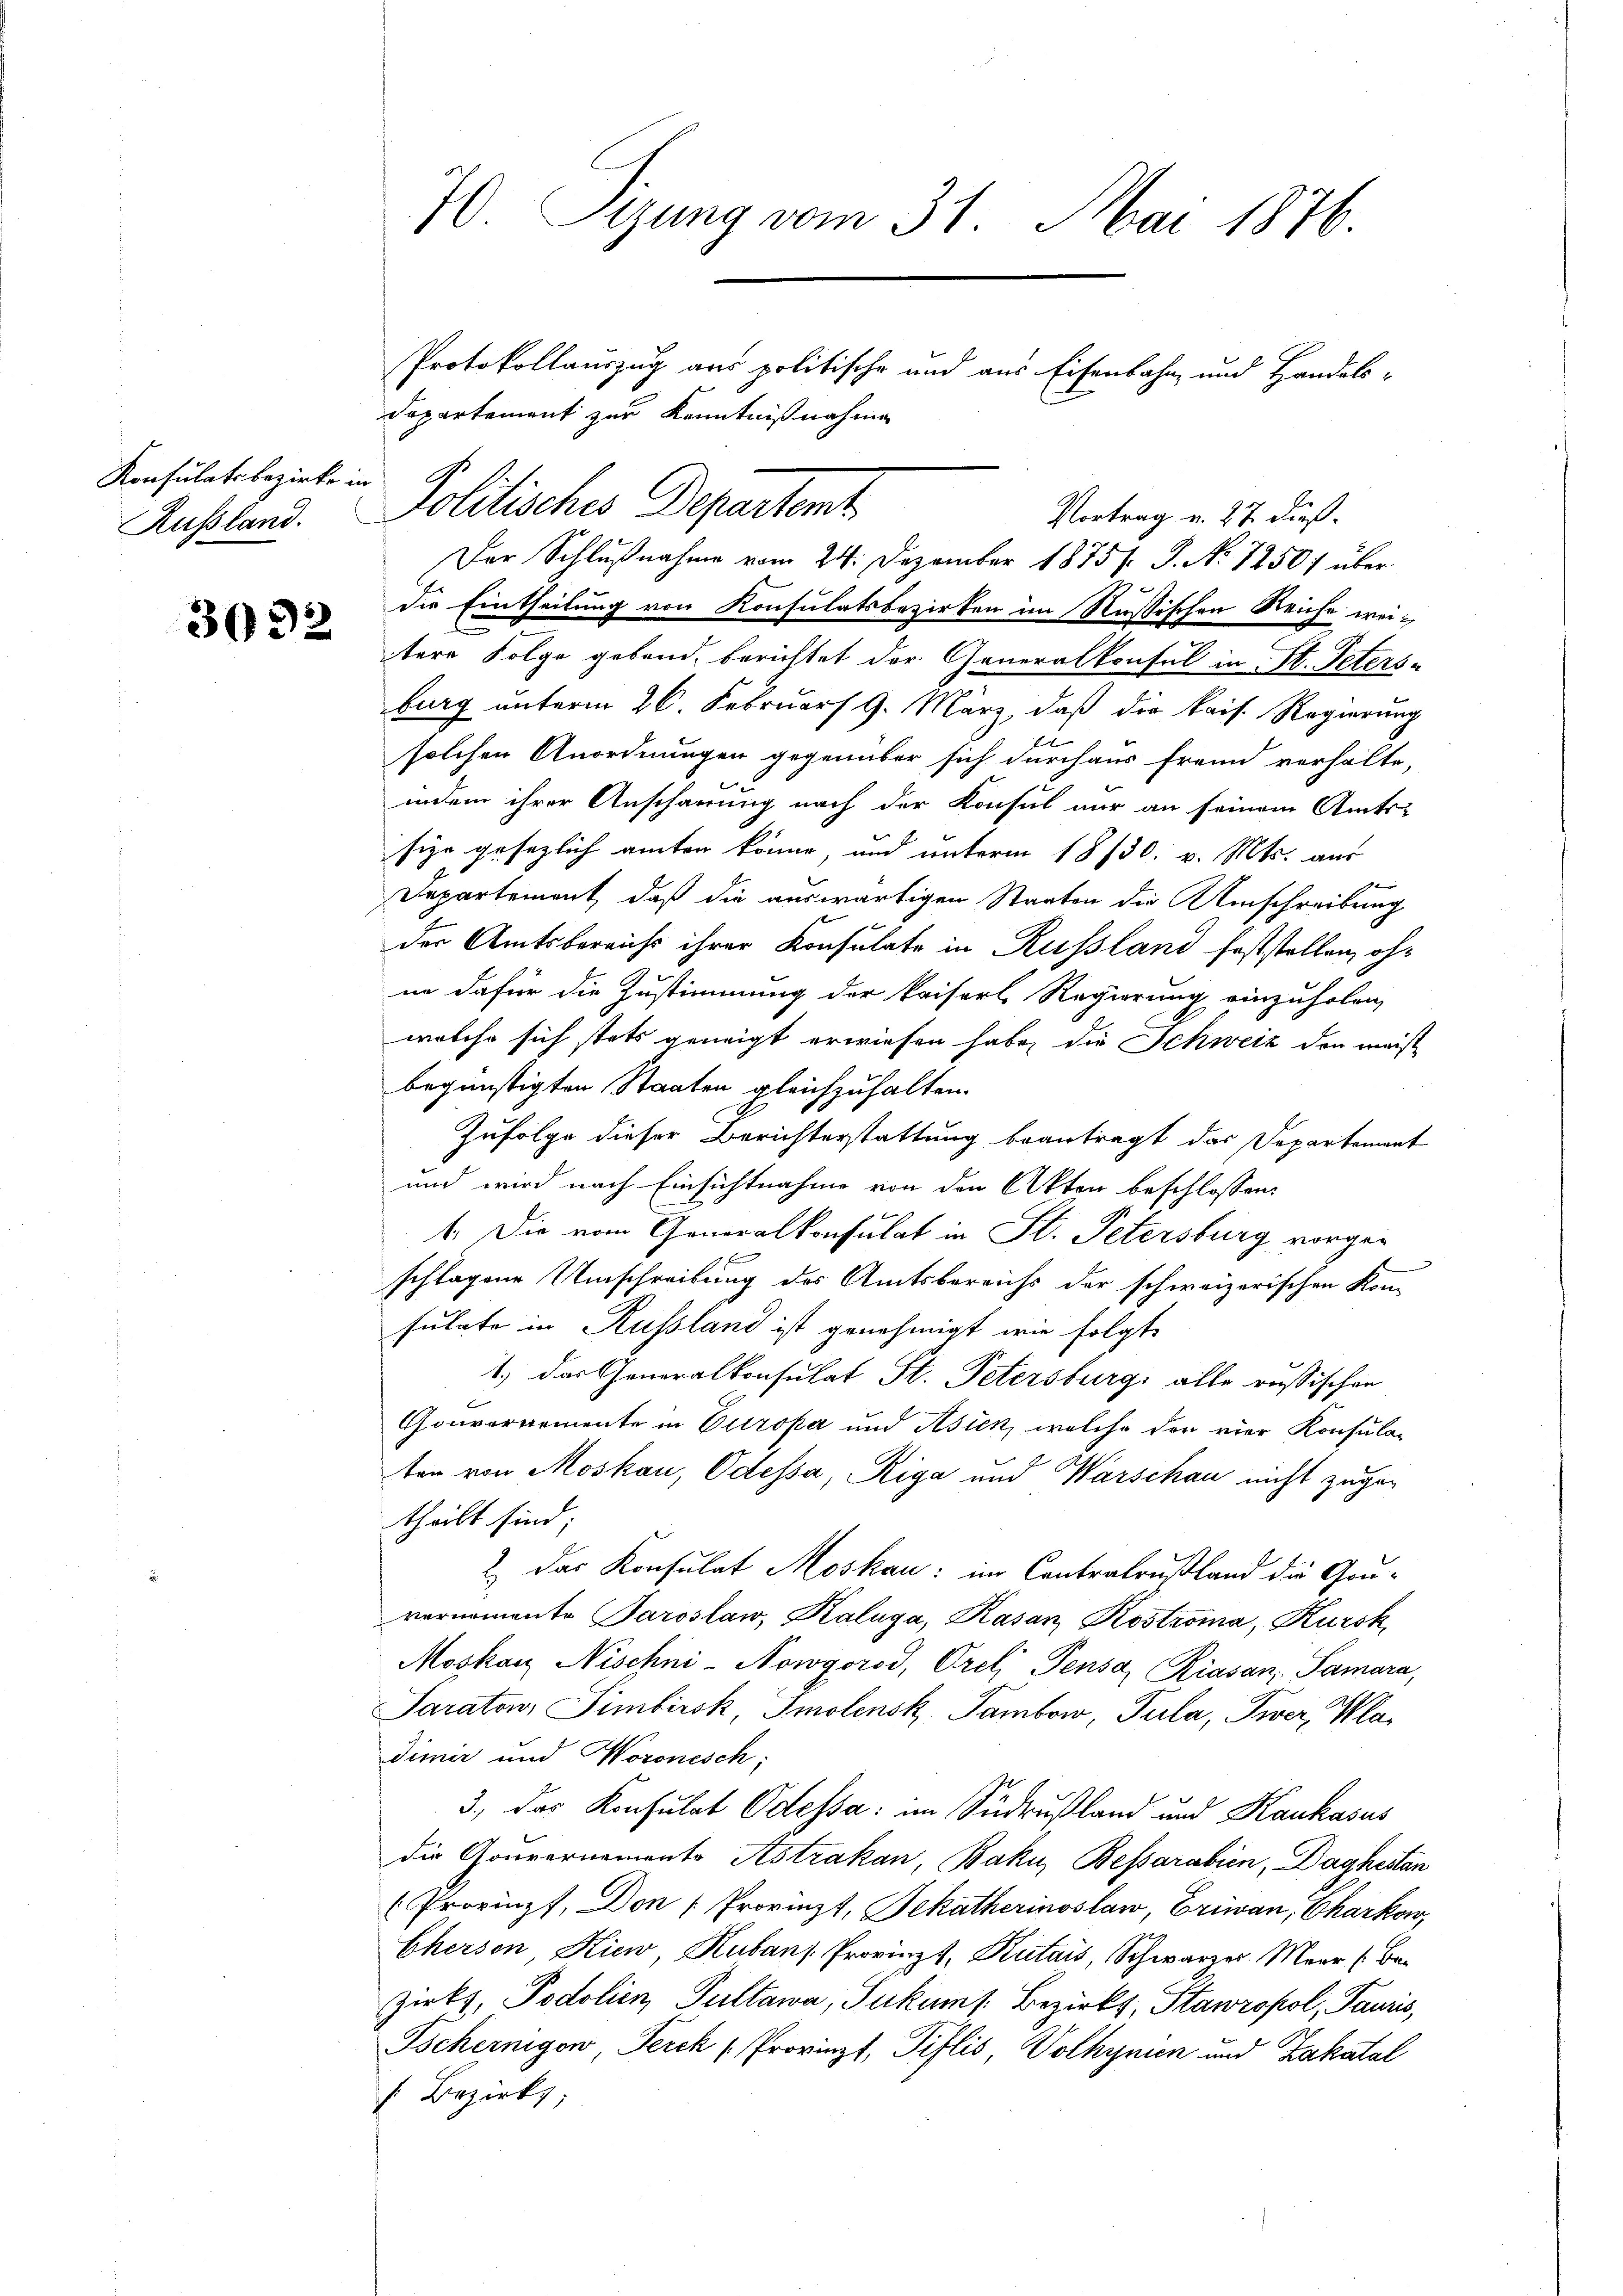
Konsulats bezirke in
Russland.

3092

70. Sizung vom 31. Mai 1876

Protokollauszug aus politische und aus Eisenbahn- und Handels-
Departement zur Kenntnißnahme
Der Schlußnahme vom 24. Dezember 1875. J. No 1250) überdie Eintheilung von Konsulatsbezirken im Russischen Reiche weitere Folge gebend, berichtet der Generalkonsul in St. Peters-
burg unterm 26. Februar 9. März, daß die kais. Regierung
u
solchen Anordnungen gegenüber sich durchaus fremd verhalte,
indem ihrer Anschauung nach der Konsul nur an seinem Amts-
sige gesezlich amten könne, und unterm 18/30. v. Mts. aus
t
Departement, daß die auswärtigen Staaten die Umschreibung
der Amtsbereichs ihrer Konsulate in Russland feststellen, ohne dafür die Zustimmung der kaiserl Regierung einzuholen,
welche sich stets geneigt erwiesen habe, die Schweiz den meist
begünstigten Staaten gleichzuhalten.
Zufolge dieser Berichterstattung beantragt das Departement
und wird nach Einsichtnahme von den Akten beschlossen:
1. Die vom Generalkonsulat in St. Petersburg vorgen
schlagene Umschreibung des Amtsbereichs der schweizerischen Kon-
sulate in Russland ist genehmigt wie folgte
1.) Das Generalkonsulat St. Petersburg alle russischen
Gouvernemente in Europa und Asien, welche der vier Konsula-
ten von Moskau, Odessa, Riga und Warschau nicht zugen
theilt sind;
2 das Konsulat Moskau: im Contralrustland die Gou-
vernomente Paroslaw, Kaluga, Kasan Kostroma, Kursk
Moskau Nischni-Nowgorod, Orel Pensa, Riasan, Samara,
Saraton, Simbirok, Imolensk Tambow, Tula, Twer, Kladimir und Woronisch;
3., das Konsulat Odessa im Südrußland und Kaukasus
die Gouvernemento Astrakau, Baku, Bessarabien, Daghestan
(Provinz, Don (Provinzt, Dekatherinoslaw, Eriwan, Charkow,
Cherson Kiew, Kubans Provinzt, Kutais, Schwarzer Meer (Be-
zirks, Podolien, Pultawa, Sukums. Bezirks, Stawrofol, Tauris,
Tscheinigow, Perck (Provinzt, Piflis, Volhynien und Zakatal
 Bezirks

Politisches Departent
Vortrag u. 27. dieß.